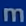
m